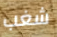
شغب